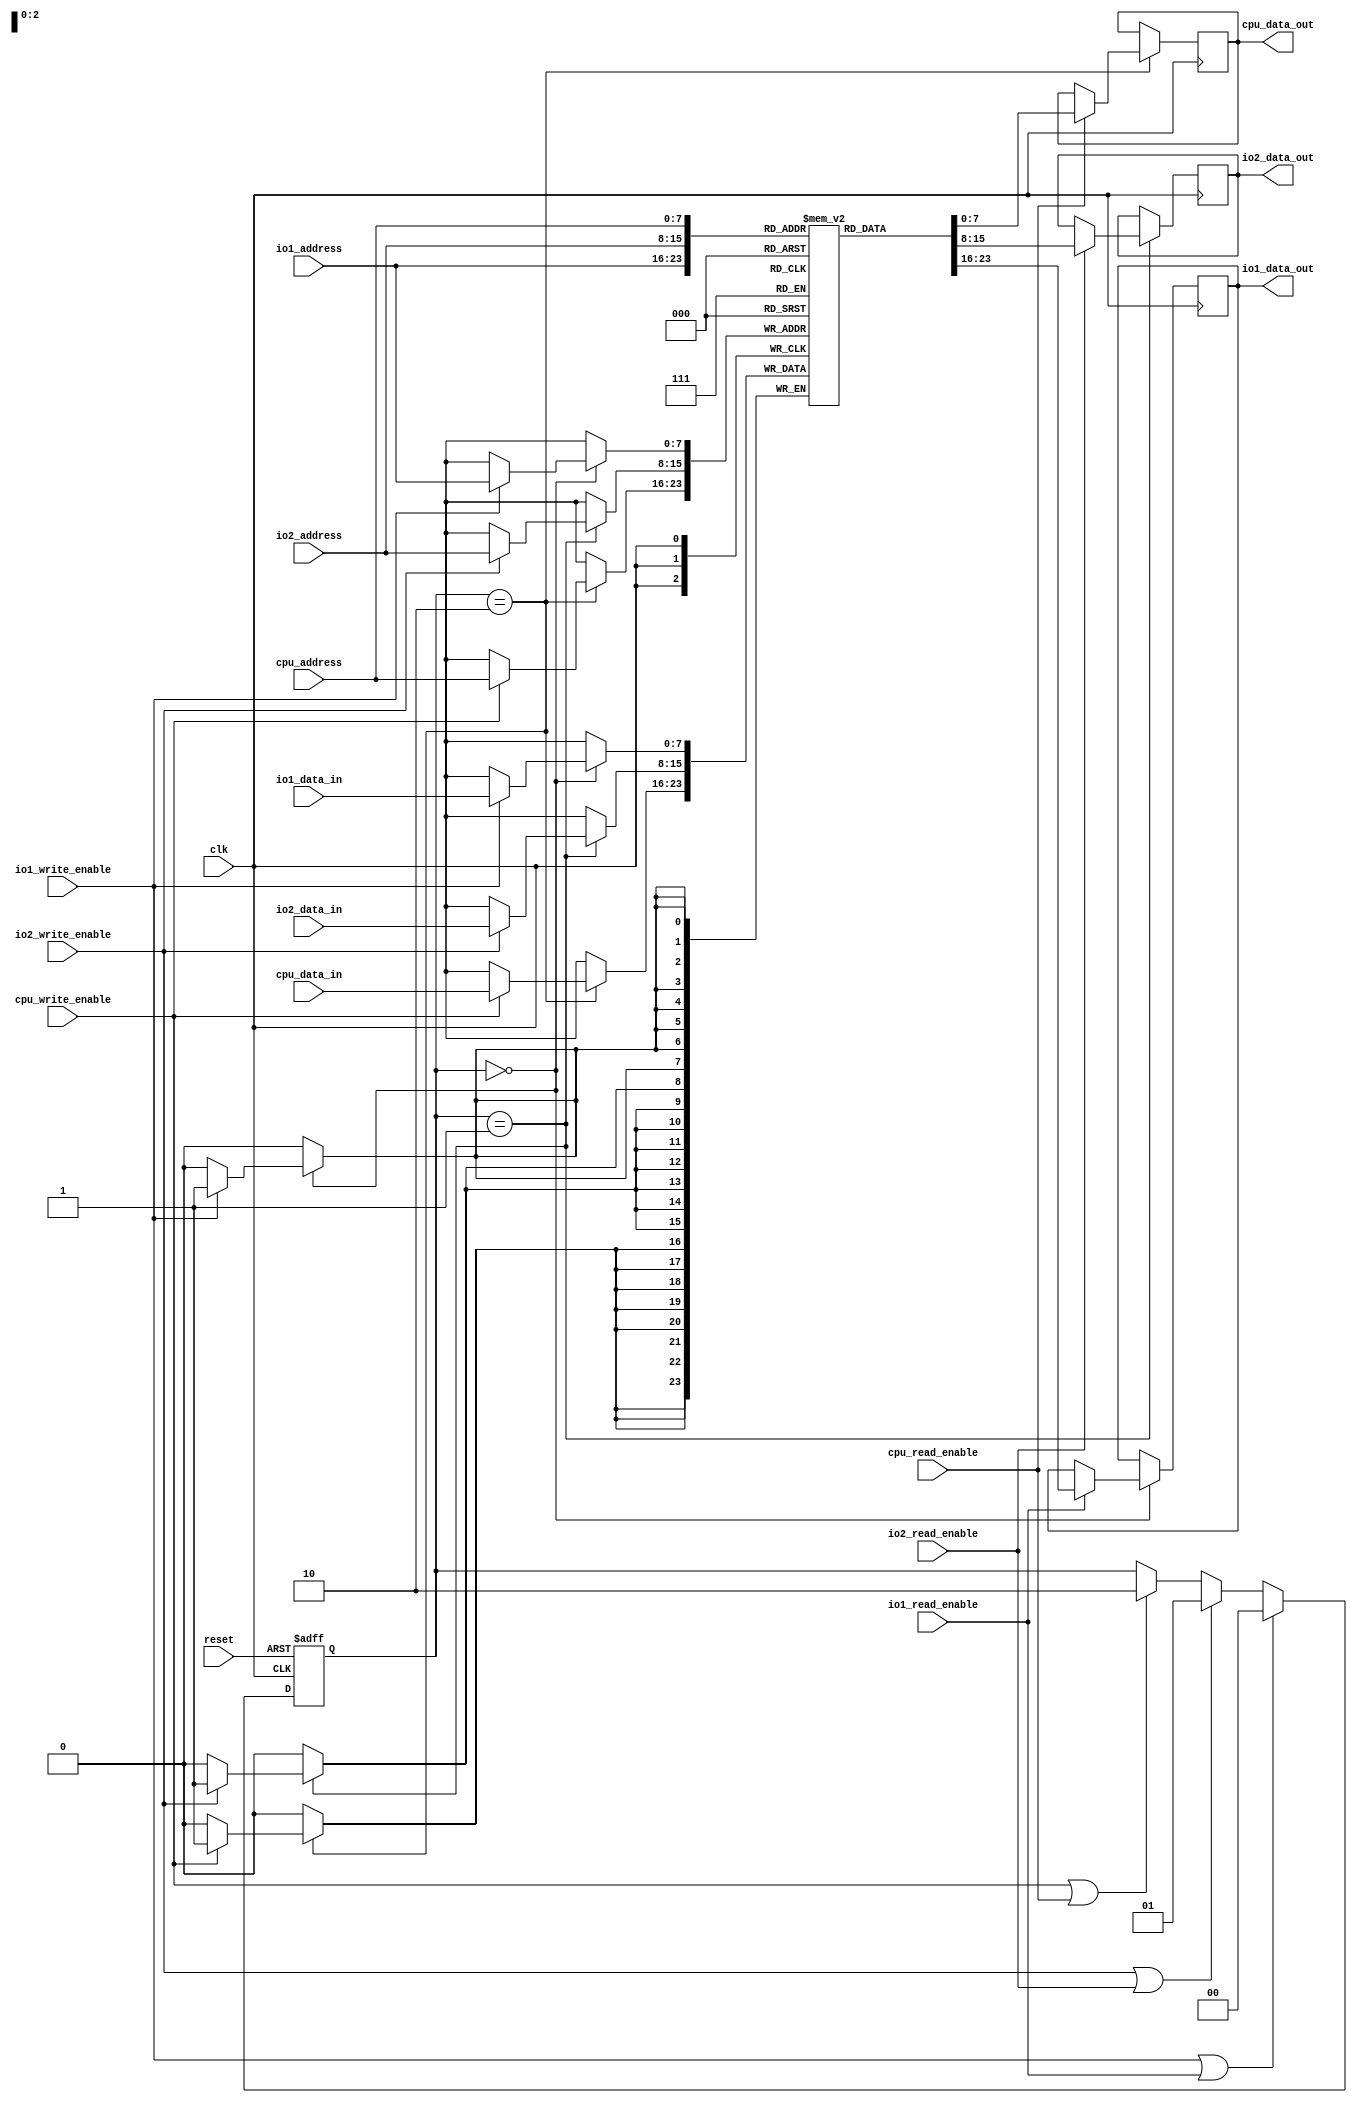
module shared_memory #(
    parameter MEMORY_SIZE = 256,  // Size of the shared memory
    parameter DATA_WIDTH = 8       // Width of the data bus
) (
    input wire clk,
    input wire reset,
    
    // I/O Block 1 Interface
    input wire io1_write_enable,
    input wire io1_read_enable,
    input wire [7:0] io1_address,
    input wire [DATA_WIDTH-1:0] io1_data_in,
    output reg [DATA_WIDTH-1:0] io1_data_out,

    // I/O Block 2 Interface
    input wire io2_write_enable,
    input wire io2_read_enable,
    input wire [7:0] io2_address,
    input wire [DATA_WIDTH-1:0] io2_data_in,
    output reg [DATA_WIDTH-1:0] io2_data_out,

    // CPU Interface (optional)
    input wire cpu_write_enable,
    input wire cpu_read_enable,
    input wire [7:0] cpu_address,
    input wire [DATA_WIDTH-1:0] cpu_data_in,
    output reg [DATA_WIDTH-1:0] cpu_data_out
);

    // Shared Memory Array
    reg [DATA_WIDTH-1:0] memory [0:MEMORY_SIZE-1];

    // Arbitration Logic
    reg [1:0] current_io;
    
    always @(posedge clk or posedge reset) begin
        if (reset) begin
            current_io <= 2'b00; // Reset state
        end else begin
            // Round-robin arbitration
            if (io1_write_enable || io1_read_enable) begin
                current_io <= 2'b00; // Give priority to I/O Block 1
            end else if (io2_write_enable || io2_read_enable) begin
                current_io <= 2'b01; // Give priority to I/O Block 2
            end else if (cpu_write_enable || cpu_read_enable) begin
                current_io <= 2'b10; // Give priority to CPU
            end
        end
    end

    // Memory Access Protocol
    always @(posedge clk) begin
        case (current_io)
            2'b00: begin // I/O Block 1
                if (io1_write_enable) begin
                    memory[io1_address] <= io1_data_in; // Write data
                end
                if (io1_read_enable) begin
                    io1_data_out <= memory[io1_address]; // Read data
                end
            end
            2'b01: begin // I/O Block 2
                if (io2_write_enable) begin
                    memory[io2_address] <= io2_data_in; // Write data
                end
                if (io2_read_enable) begin
                    io2_data_out <= memory[io2_address]; // Read data
                end
            end
            2'b10: begin // CPU
                if (cpu_write_enable) begin
                    memory[cpu_address] <= cpu_data_in; // Write data
                end
                if (cpu_read_enable) begin
                    cpu_data_out <= memory[cpu_address]; // Read data
                end
            end
        endcase
    end

    // Error Detection (optional)
    always @(posedge clk) begin
        if (io1_address >= MEMORY_SIZE || io2_address >= MEMORY_SIZE || cpu_address >= MEMORY_SIZE) begin
            // Handle access violation (e.g., log error, set error flag)
        end
    end

endmodule